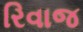
રિવાજ